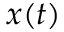
x ( t )